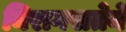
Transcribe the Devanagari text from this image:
निरागसतेने